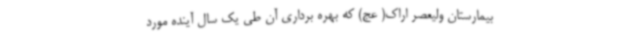
بیمارستان ولیعصر اراک( عج) که بهره برداری آن طی یک سال آینده مورد